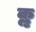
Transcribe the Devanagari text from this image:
कॢ